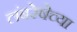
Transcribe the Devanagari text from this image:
लंबरेषेच्या